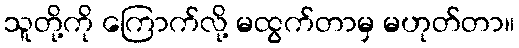
သူတို့ကို ကြောက်လို့ မထွက်တာမှ မဟုတ်တာ။